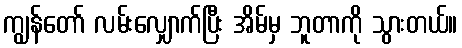
ကျွန်တော် လမ်းလျှောက်ပြီး အိမ်မှ ဘူတာကို သွားတယ်။